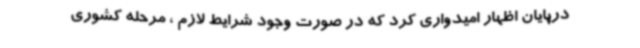
درپایان اظهار امیدواری کرد که در صورت وجود شرایط لازم ، مرحله کشوری